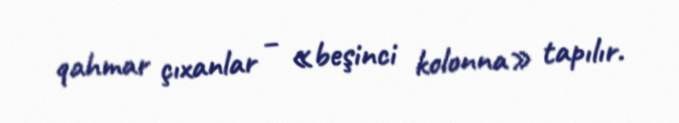
qahmar çıxanlar – «beşinci kolonna» tapılır.